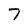
Character: 7